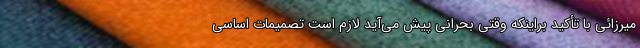
میرزائی با تأکید براینکه وقتی بحرانی پیش می‌آید لازم است تصمیمات اساسی